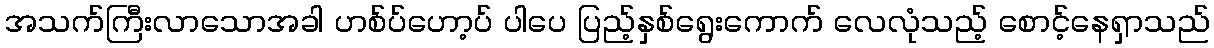
အသက်ကြီးလာသောအခါ ဟစ်ပ်ဟော့ပ် ပါပေ ပြည့်နှစ်ရွေးကောက် လေလုံသည့် စောင့်နေရှာသည်